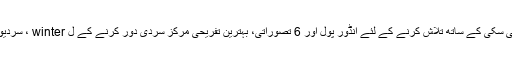
کے ساتھ سکیٹنگ رینک لطف اندوز اور کراس ملک سکی سکی کے ساتھ تلاش کرنے کے لئے انڈور پول اور 6 تصوراتی، بہترین تفریحی مرکز سردی دور کرنے کے ل winter ، سردیوں میں سرگرم رہنے اور منانے کا ایک بہترین وقت ہے!